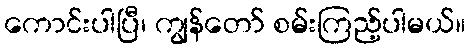
ကောင်းပါပြီ၊ ကျွန်တော် စမ်းကြည့်ပါမယ်။